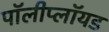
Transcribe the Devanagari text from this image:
पॉलीप्लॉयड